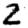
Digit: 2